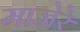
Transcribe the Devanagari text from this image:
माजेरे